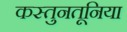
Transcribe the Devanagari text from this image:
कस्तुनतूनिया